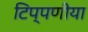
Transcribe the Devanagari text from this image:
टिप्पणीया